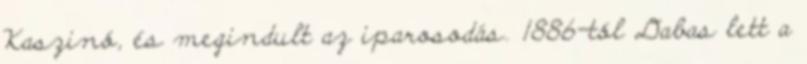
Kaszinó, és megindult az iparosodás. 1886-tól Dabas lett a